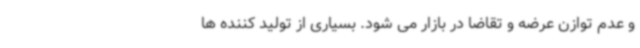
و عدم توازن عرضه و تقاضا در بازار می شود. بسیاری از تولید کننده ها